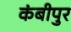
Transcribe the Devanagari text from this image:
कंबीपुर